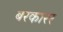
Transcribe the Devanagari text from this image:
बरकारर